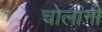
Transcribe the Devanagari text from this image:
चोलांनी